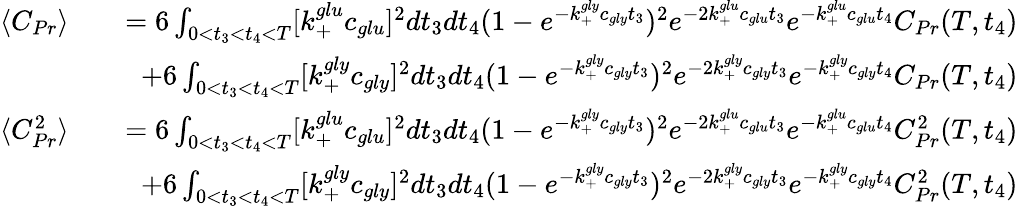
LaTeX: \begin{array}{rlr}{\langle C_{Pr}\rangle}&{}&{=6\int_{0<t_{3}<t_{4}<T}[k_{+}^{glu}c_{glu}]^{2}dt_{3}dt_{4}(1-e^{-k_{+}^{gly}c_{gly}t_{3}})^{2}e^{-2k_{+}^{glu}c_{glu}t_{3}}e^{-k_{+}^{glu}c_{glu}t_{4}}C_{Pr}(T,t_{4})}\\ &{}&{+6\int_{0<t_{3}<t_{4}<T}[k_{+}^{gly}c_{gly}]^{2}dt_{3}dt_{4}(1-e^{-k_{+}^{gly}c_{gly}t_{3}})^{2}e^{-2k_{+}^{gly}c_{gly}t_{3}}e^{-k_{+}^{gly}c_{gly}t_{4}}C_{Pr}(T,t_{4})}\\ {\langle C_{Pr}^{2}\rangle}&{}&{=6\int_{0<t_{3}<t_{4}<T}[k_{+}^{glu}c_{glu}]^{2}dt_{3}dt_{4}(1-e^{-k_{+}^{gly}c_{gly}t_{3}})^{2}e^{-2k_{+}^{glu}c_{glu}t_{3}}e^{-k_{+}^{glu}c_{glu}t_{4}}C_{Pr}^{2}(T,t_{4})}\\ &{}&{+6\int_{0<t_{3}<t_{4}<T}[k_{+}^{gly}c_{gly}]^{2}dt_{3}dt_{4}(1-e^{-k_{+}^{gly}c_{gly}t_{3}})^{2}e^{-2k_{+}^{gly}c_{gly}t_{3}}e^{-k_{+}^{gly}c_{gly}t_{4}}C_{Pr}^{2}(T,t_{4})}\end{array}